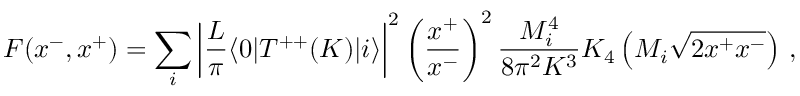
F ( x ^ { - } , x ^ { + } ) = \sum _ { i } \left| { \frac { L } { \pi } } \langle 0 | T ^ { + + } ( K ) | i \rangle \right| ^ { 2 } \left( { \frac { x ^ { + } } { x ^ { - } } } \right) ^ { 2 } { \frac { M _ { i } ^ { 4 } } { 8 \pi ^ { 2 } K ^ { 3 } } } K _ { 4 } \left( M _ { i } \sqrt { 2 x ^ { + } x ^ { - } } \right) \, ,